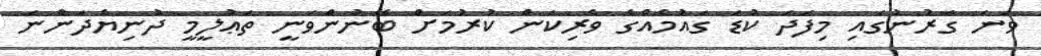
ވަނަ ގަރުނުގައި މިފަދަ ކުޑަ ގައުމެއްގެ ވެރިކަން ކުރުމަށް ބޭނުންވަނީ ތަޢުލީމީ ދުނިޔެދަންނަ